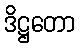
ဒိဋ္ဌတော